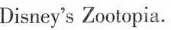
Disney's Zootopia.